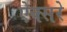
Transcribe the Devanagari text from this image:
ऐक्सरे